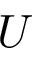
U